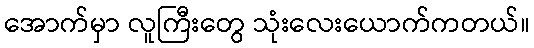
အောက်မှာ လူကြီးတွေ သုံးလေးယောက်ကတယ်။